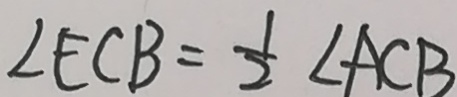
\angle E C B = \frac { 1 } { 2 } \angle A C B